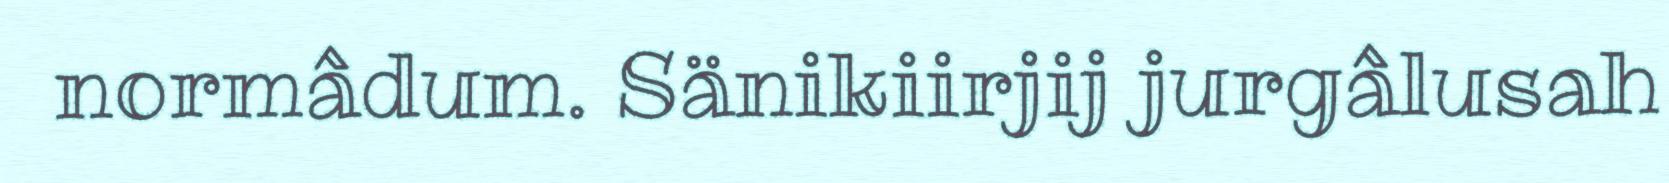
normâdum. Sänikiirjij jurgâlusah